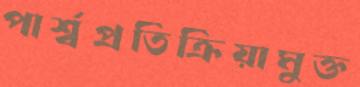
পার্শ্বপ্রতিক্রিয়ামুক্ত